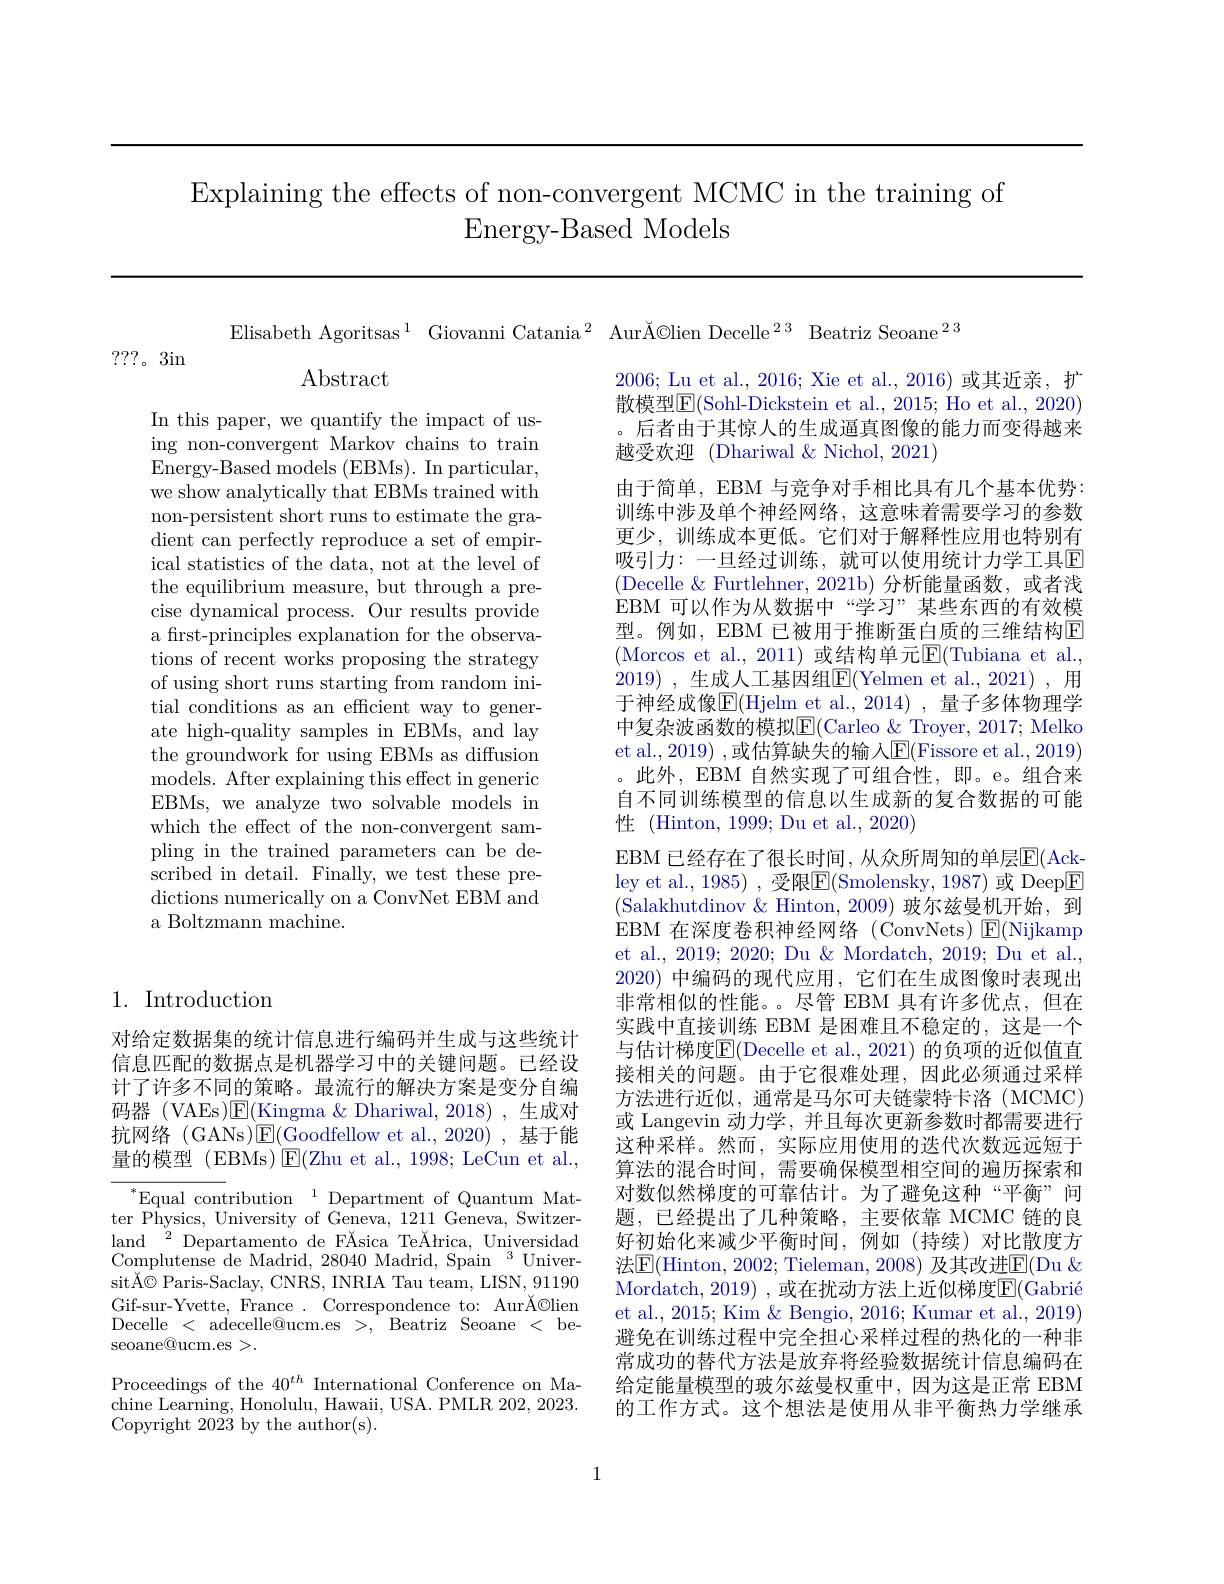
Explaining the effects of non-convergent MCMC in the training of
Energy-Based Models

Elisabeth Agoritsas$^1$ Giovanni Catania$^2$ AurĂ©lien Decelle$^23$ Beatriz Seoane$^{23}$

???。3in

Abstract

In this paper, we quantify the impact of using non-convergent Markov chains to train Energy-Based models (EBMs). In particular, we show analytically that EBMs trained with non-persistent short runs to estimate the gradient can perfectly reproduce a set of empirical statistics of the data, not at the level of the equilibrium measure, but through a precise dynamical process. Our results provide a first-principles explanation for the observations of recent works proposing the strategy of using short runs starting from random initial conditions as an efficient way to generate high-quality samples in EBMs, and lay the groundwork for using EBMs as diffusion models. After explaining this effect in generic EBMs, we analyze two solvable models in which the effect of the non-convergent sampling in the trained parameters can be described in detail. Finally, we test these predictions numerically on a ConvNet EBM and a Boltzmann machine.

2006; Lu et al., 2016; Xie et al., 2016)或其近亲，扩散模型$\operatorname{E}($Sohl-Dickstein et al., 2015; Ho et al., 2020) 。后者由于其惊人的生成逼真图像的能力而变得越来越受欢迎 (Dhariwal &Nichol, 2021)
由于简单，EBM 与竞争对手相比具有几个基本优势： 训练中涉及单个神经网络，这意味着需要学习的参数更少，训练成本更低。它们对于解释性应用也特别有吸引力：一旦经过训练，就可以使用统计力学工具$\mathbb{E}$ (Decelle & Furtlehner, 2021b) 分析能量函数，或者浅EBM 可以作为从数据中“学习”某些东西的有效模型。例如，EBM 已被用于推断蛋白质的三维结构E (Morcos et al.,2011)或结构单元$\overline\text{E}($Tubiana et al., 2019) ,生成人工基因组$\overline{\mathrm{E}}($Yelmen et al.,2021) ,用于神经成像$\overline{\mathbb{E}}($Hjelm et al.,2014), 量子多体物理学中复杂波函数的模拟$\mathbb{E}($Carleo $\&$ Troyer, 2017; Melko et al., 2019) , 或估算缺失的输入$\operatorname{E}($Fissore et al., 2019) 。此外，EBM 自然实现了可组合性，即。e。组合来自不同训练模型的信息以生成新的复合数据的可能性 (Hinton, 1999; Du et al., 2020)
EBM 已经存在了很长时间，从众所周知的单层$\overline{\mathrm{E}}($Ackley et al., 1985) , 受限$\boxed{\mathrm{F}}($Smolensky, 1987) 或 Deep$\boxed{\mathrm{F}}$ (Salakhutdinov &Hinton,2009) 玻尔兹曼机开始，到EBM 在深度卷积神经网络(ConvNets)$\boxed{\mathrm{E}}($Nijkamp et al., 2019; 2020; Du & Mordatch, 2019; Du et al. 2020) 中编码的现代应用，它们在生成图像时表现出非常相似的性能。。尽管 EBM 具有许多优点，但在实践中直接训练 EBM 是困难且不稳定的，这是一个与估计梯度$\overline{\mathrm{E}}($Decelle et al., 2021) 的负项的近似值直接相关的问题。由于它很难处理，因此必须通过采样方法进行近似，通常是马尔可夫链蒙特卡洛(MCMC) 或 Langevin 动力学，并且每次更新参数时都需要进行这种采样。然而，实际应用使用的迭代次数远远短于算法的混合时间，需要确保模型相空间的遍历探索和对数似然梯度的可靠估计。为了避免这种“平衡”问题，已经提出了几种策略，主要依靠 MCMC 链的良好初始化来减少平衡时间，例如(持续)对比散度方法$\boxed{\mathrm{E}}($Hinton, 2002; Tieleman, 2008) 及其改进$\boxed{\mathrm{E}}($Du $\&$ Mordatch, 2019) ,或在扰动方法上近似梯度$\overline{\mathrm{E}}($Gabrié et al., 2015; Kim & Bengio, 2016; Kumar et al., 2019) 避免在训练过程中完全担心采样过程的热化的一种非常成功的替代方法是放弃将经验数据统计信息编码在给定能量模型的玻尔兹曼权重中，因为这是正常 EBM 的工作方式。这个想法是使用从非平衡热力学继承

## 1. Introduction

对给定数据集的统计信息进行编码并生成与这些统计信息匹配的数据点是机器学习中的关键问题。已经设计了许多不同的策略。最流行的解决方案是变分自编码器 (VAEs)$\mathbb{E}($Kingma $\&$ Dhariwal,2018),生成对抗网络 (GANs)$\boxed{\mathrm{E}}($Goodfellow et al.,2020),基于能量的模型 (EBMs) $\operatorname{E}($Zhu et al., 1998; LeCun et al., $^{*}$Equal contribution$\:^1$Department of Quantum Mat-
ter Physics, University of Geneva, 1211 Geneva, Switzerland$\:^{2}$Departamento de FĂsica'Te\u{A}hrica,Universidad Complutense de Madrid, 28040 Madrid, Spain $^{3}$UniversitÅ© Paris-Saclay, CNRS, INRIA Tau team, LISN, 91190 Gif-sur-Yvette, France. Correspondence to: AurĂ©lien Decelle <adecelle@ucm.es>,Beatriz Seoane<beseoane@ucm.es >.

Proceedings of the $40^{th}$ International Conference on Ma-

chine Learning, Honolulu, Hawaii, USA. PMLR 202, 2023.
Copyright 2023 by the author(s).

1